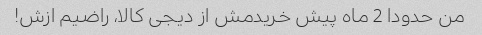
من حدودا 2 ماه پیش خریدمش از دیجی کالا، راضیم ازش!